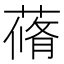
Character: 蓨